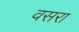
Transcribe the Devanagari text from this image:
वसरा